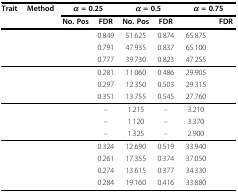
<table><thead><tr><td><b>Trait</b></td><td><b>Method</b></td><td colspan="2"><b><i>α</i> = 0.25</b></td><td colspan="2"><b><i>α</i> = 0.5</b></td><td colspan="2"><b><i>α</i> = 0.75</b></td></tr><tr><td>[EMPTY_CELL]</td><td>[EMPTY_CELL]</td><td><b>No. Pos</b></td><td><b>FDR</b></td><td><b>No. Pos</b></td><td><b>FDR</b></td><td>[EMPTY_CELL]</td><td><b>FDR</b></td></tr></thead><tbody><tr><td>[EMPTY_CELL]</td><td>[EMPTY_CELL]</td><td>[EMPTY_CELL]</td><td>0.849</td><td>51.625</td><td>0.874</td><td>65.875</td><td>[EMPTY_CELL]</td></tr><tr><td>[EMPTY_CELL]</td><td>[EMPTY_CELL]</td><td>[EMPTY_CELL]</td><td>0.791</td><td>47.935</td><td>0.837</td><td>65.100</td><td>[EMPTY_CELL]</td></tr><tr><td>[EMPTY_CELL]</td><td>[EMPTY_CELL]</td><td>[EMPTY_CELL]</td><td>0.777</td><td>39.730</td><td>0.823</td><td>47.255</td><td>[EMPTY_CELL]</td></tr><tr><td>[EMPTY_CELL]</td><td>[EMPTY_CELL]</td><td>[EMPTY_CELL]</td><td>0.281</td><td>11.060</td><td>0.486</td><td>29.905</td><td>[EMPTY_CELL]</td></tr><tr><td>[EMPTY_CELL]</td><td>[EMPTY_CELL]</td><td>[EMPTY_CELL]</td><td>0.297</td><td>12.350</td><td>0.503</td><td>29.315</td><td>[EMPTY_CELL]</td></tr><tr><td>[EMPTY_CELL]</td><td>[EMPTY_CELL]</td><td>[EMPTY_CELL]</td><td>0.351</td><td>13.755</td><td>0.545</td><td>27.760</td><td>[EMPTY_CELL]</td></tr><tr><td>[EMPTY_CELL]</td><td>[EMPTY_CELL]</td><td>[EMPTY_CELL]</td><td>–</td><td>1.215</td><td>–</td><td>3.210</td><td>[EMPTY_CELL]</td></tr><tr><td>[EMPTY_CELL]</td><td>[EMPTY_CELL]</td><td>[EMPTY_CELL]</td><td>–</td><td>1.120</td><td>–</td><td>3.370</td><td>[EMPTY_CELL]</td></tr><tr><td>[EMPTY_CELL]</td><td>[EMPTY_CELL]</td><td>[EMPTY_CELL]</td><td>–</td><td>1.325</td><td>–</td><td>2.900</td><td>[EMPTY_CELL]</td></tr><tr><td>[EMPTY_CELL]</td><td>[EMPTY_CELL]</td><td>[EMPTY_CELL]</td><td>0.324</td><td>12.690</td><td>0.519</td><td>33.940</td><td>[EMPTY_CELL]</td></tr><tr><td>[EMPTY_CELL]</td><td>[EMPTY_CELL]</td><td>[EMPTY_CELL]</td><td>0.261</td><td>17.355</td><td>0.374</td><td>37.050</td><td>[EMPTY_CELL]</td></tr><tr><td>[EMPTY_CELL]</td><td>[EMPTY_CELL]</td><td>[EMPTY_CELL]</td><td>0.274</td><td>13.615</td><td>0.377</td><td>34.330</td><td>[EMPTY_CELL]</td></tr><tr><td>[EMPTY_CELL]</td><td>[EMPTY_CELL]</td><td>[EMPTY_CELL]</td><td>0.284</td><td>19.160</td><td>0.416</td><td>33.880</td><td>[EMPTY_CELL]</td></tr></tbody></table>